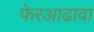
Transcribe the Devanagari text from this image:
फेरआढावा